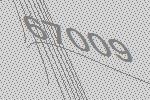
67009